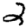
Digit: 2